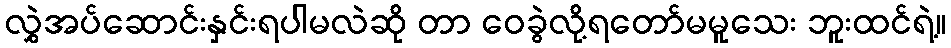
လွှဲအပ်ဆောင်းနှင်းရပါမလဲဆို တာ ဝေခွဲလို့ရတော်မမူသေး ဘူးထင်ရဲ့။